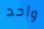
واحد